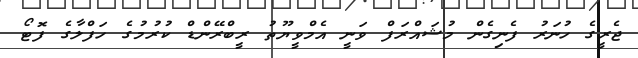
ޖެރީގެ ހުނަރު ފެނިގެން މުޝައްރަފް ވަނީ އެމްވީޔޫތު ރީބްރޭންޑް ކުރުމުގެ ހަފްލާގެ ފޮޓޯ